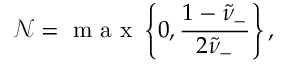
\mathcal { N } = \mathrm { ~ m ~ a ~ x ~ } \left\{ 0 , \frac { 1 - \tilde { \nu } _ { - } } { 2 \tilde { \nu } _ { - } } \right\} ,